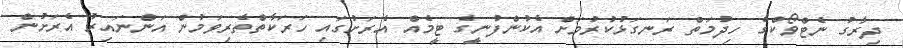
ދިރާގު ނެޓްވޯކްގެ ހިދުމަތް ރަނގަޅުކުރުމަށް އެކުންފުނީގެ ޓީމެއް އެރަށުގައި ހަރަކާތްތެރިވަމުން އަންނައިރު އެރަށުން